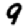
Digit: 9